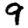
Digit: 9